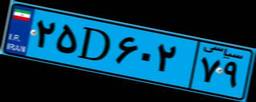
۶۴D۹۲۱۹۱